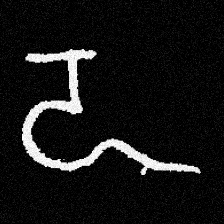
Pyu character \u2014 Myanmar letter: ဍ (romanized: dda)